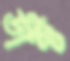
ডাক্ট